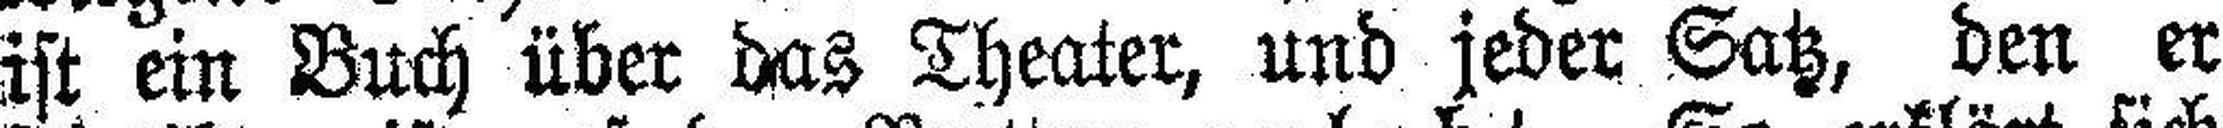
ist ein Buch über das Theater, und jeder Satz, den er